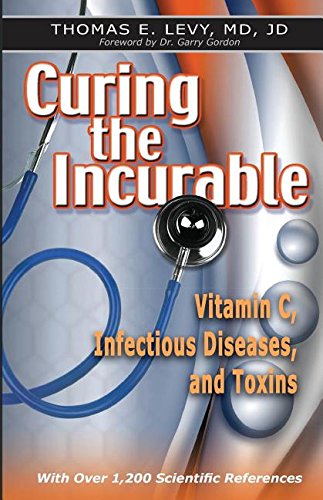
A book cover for Curing the Incurable: Vitamin C, Infectious Diseases, and Toxins, 3rd Edition; MD JD Thomas E Levy; Health, Fitness & Dieting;